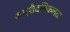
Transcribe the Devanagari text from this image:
जम्‍शैदनिकलता